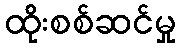
ထိုးစစ်ဆင်မှု